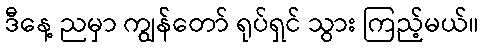
ဒီနေ့ ညမှာ ကျွန်တော် ရုပ်ရှင် သွား ကြည့်မယ်။